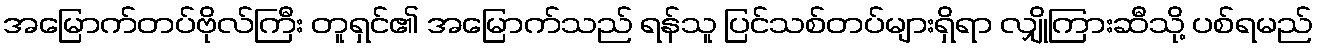
အမြောက်တပ်ဗိုလ်ကြီး တူရှင်၏ အမြောက်သည် ရန်သူ ပြင်သစ်တပ်များရှိရာ လျှိုကြားဆီသို့ ပစ်ရမည်